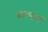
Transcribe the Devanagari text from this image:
बाष्पाचं